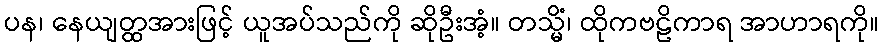
ပန၊ နေယျတ္ထအားဖြင့် ယူအပ်သည်ကို ဆိုဦးအံ့။ တသ္မိံ၊ ထိုကဗဠိကာရ အာဟာရကို။